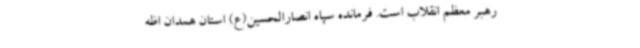
رهبر معظم انقلاب است. فرمانده سپاه انصارالحسین(ع) استان همدان اظه